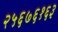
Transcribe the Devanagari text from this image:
२५६७६१६३